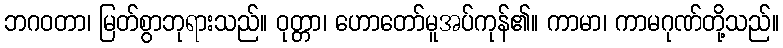
ဘဂဝတာ၊ မြတ်စွာဘုရားသည်။ ဝုတ္တာ၊ ဟောတော်မူအပ်ကုန်၏။ ကာမာ၊ ကာမဂုဏ်တို့သည်။